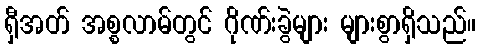
ရှီအတ် အစ္စလာမ်တွင် ဂိုဏ်းခွဲများ များစွာရှိသည်။